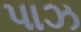
પાઝ